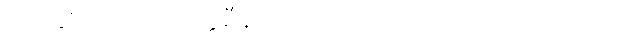
လေဆိပ်အထိ တက္ကစီနဲ့ ဘယ်လောက်လောက်ကြာပါသလဲ။